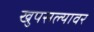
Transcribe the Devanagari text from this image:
खुपसल्यावर